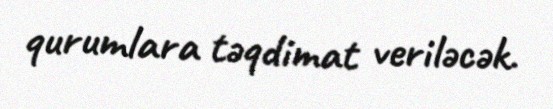
qurumlara təqdimat veriləcək.